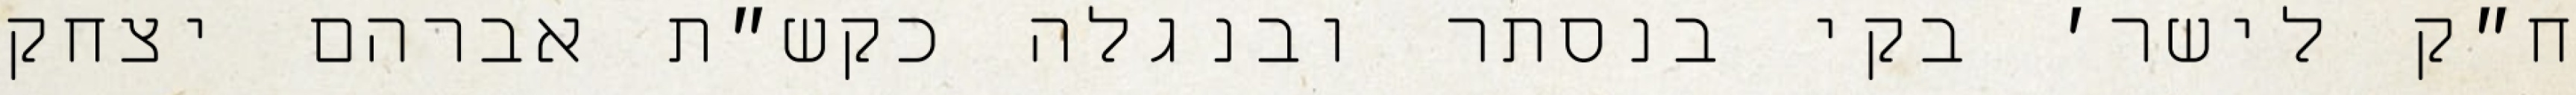
ח״ק לישר׳ בקי בנסתר ובנגלה כקש״ת אברהם יצחק